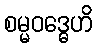
စမ္မဝဒ္ဓေဟိ